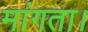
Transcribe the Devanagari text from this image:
मांगता।